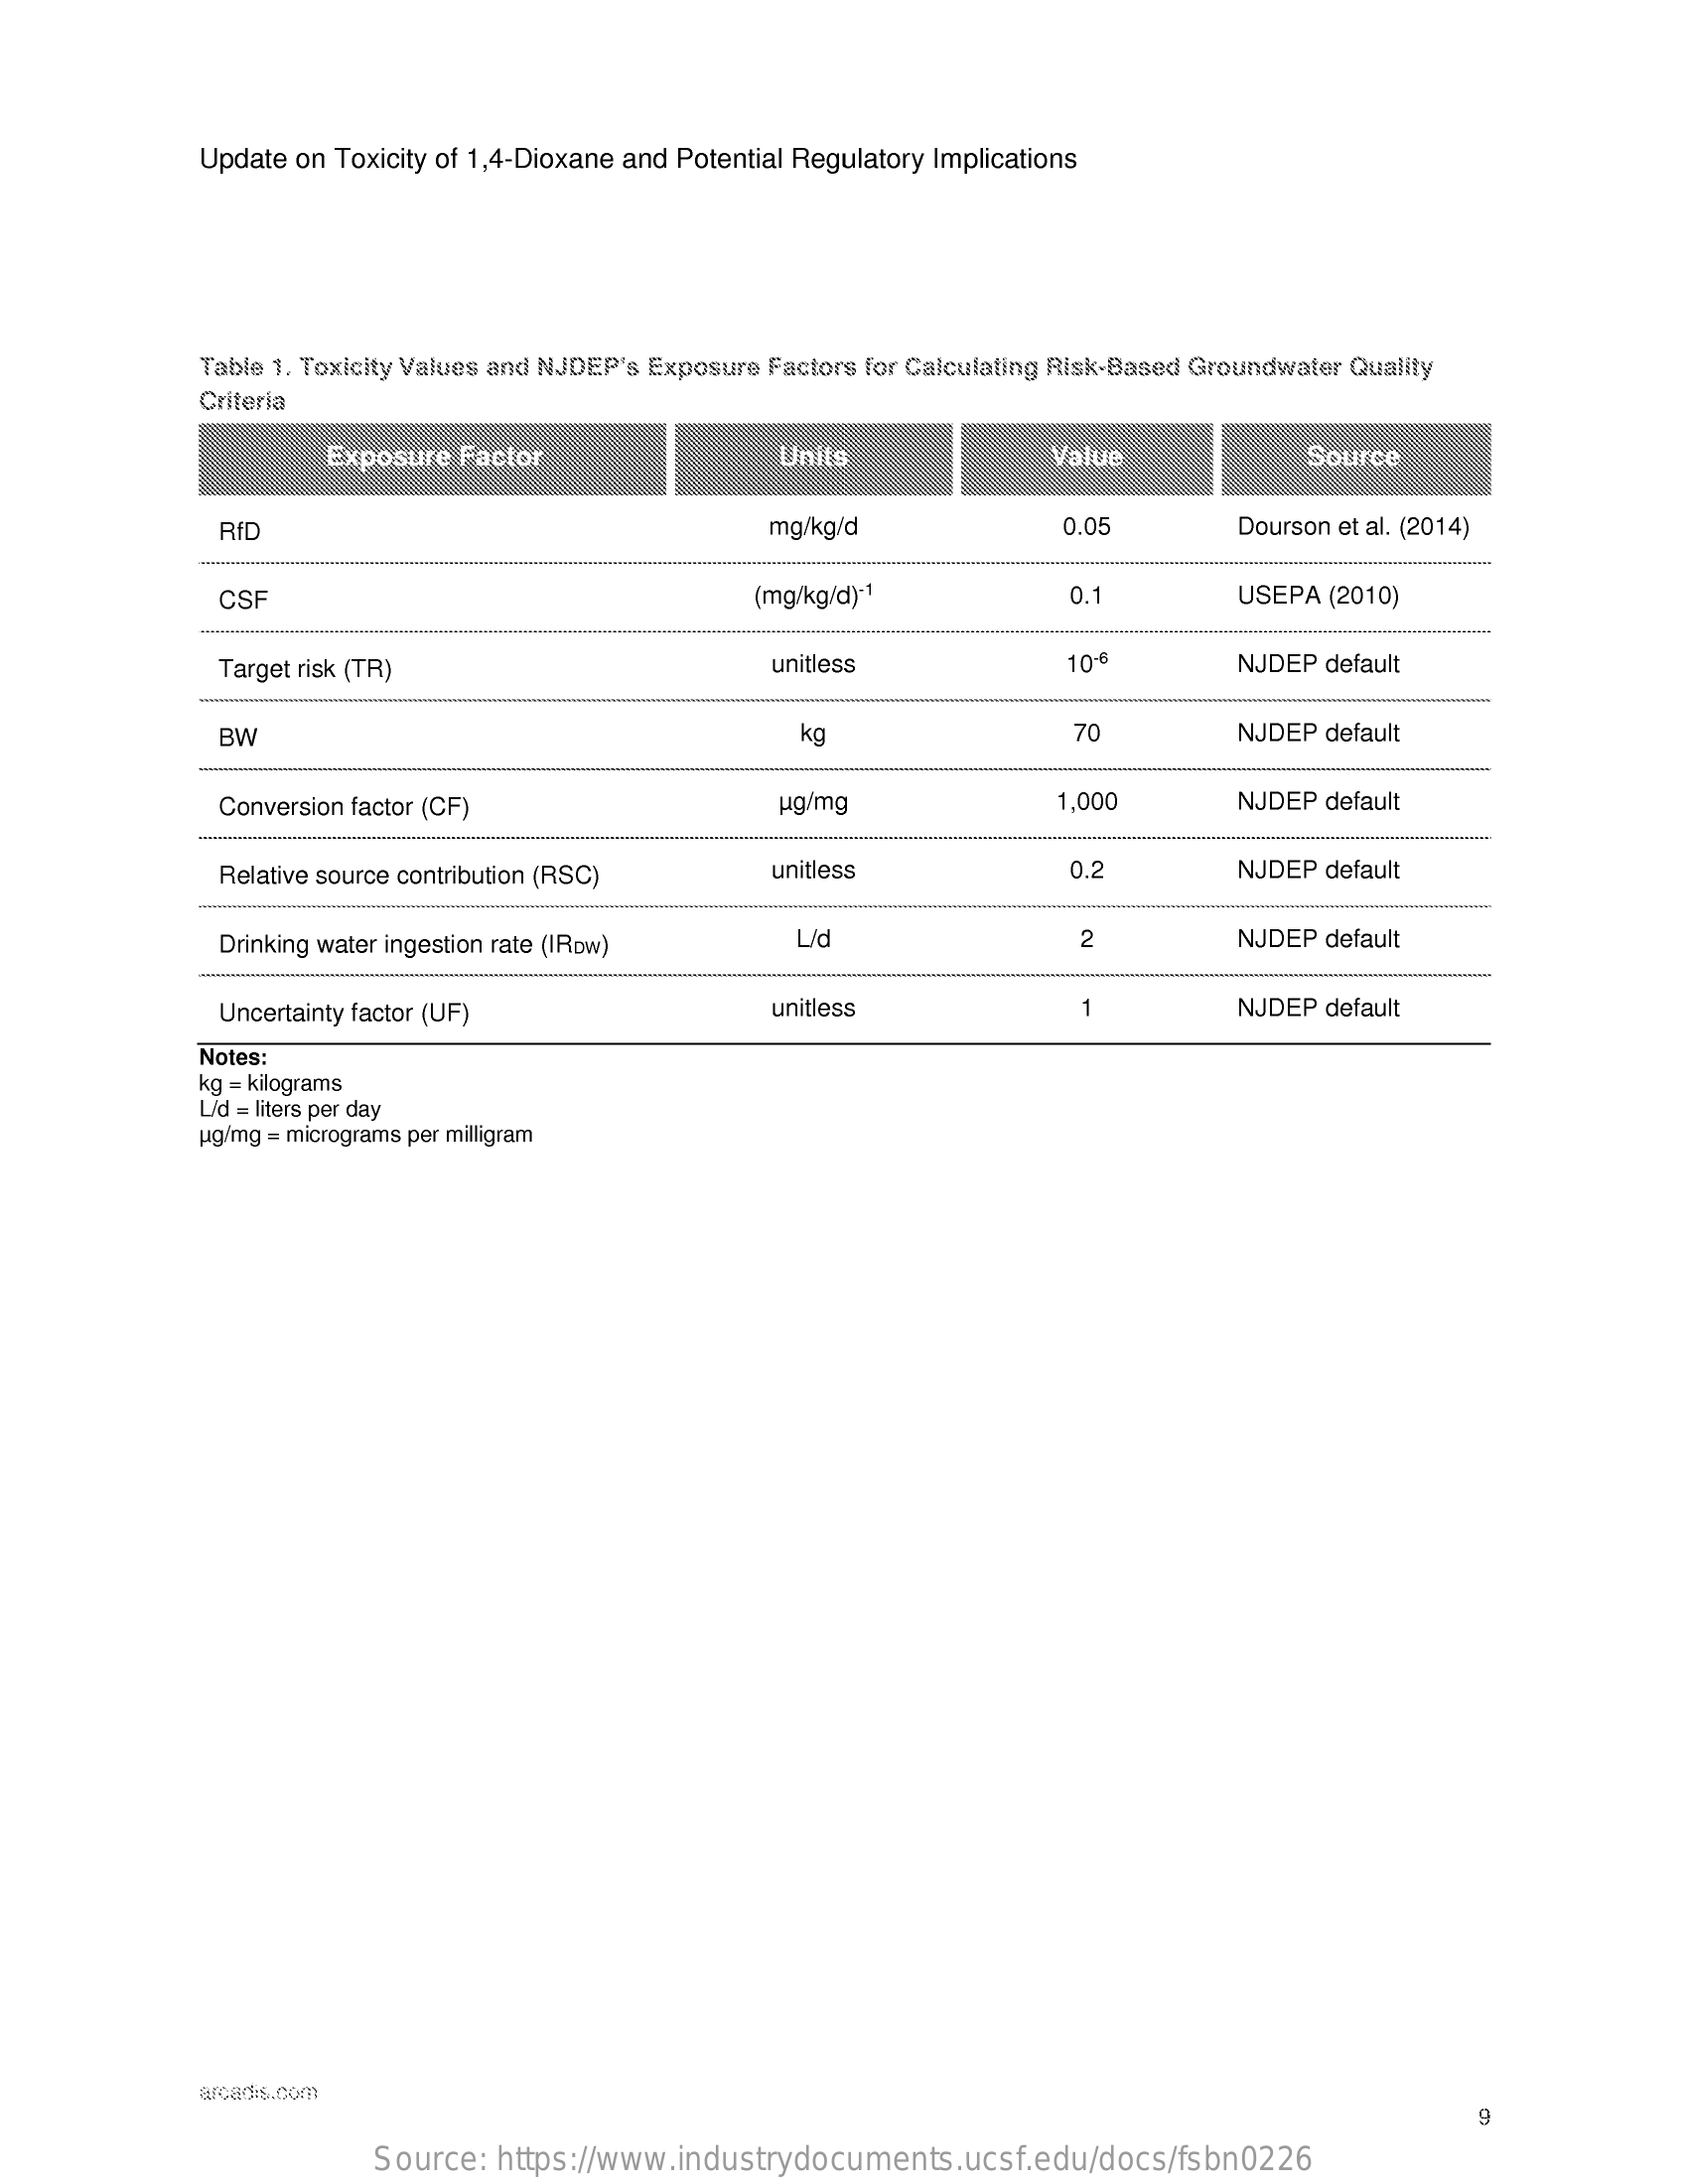
Update on Toxicity of 1,4-Dioxane and Potential Regulatory Implications
     Table 1. Toxicity Values and NJDEP's Exposure Factors for Calculating Risk-Based Groundwater Quality
     Criteria
     Exposure Factor    Units    Value    Source
     RID    mg/kg/d    0.05    Dourson et al. (2014)
     CSF    (mg/kg/d)-1    0.1    USEPA (2010)
     Target risk (TR)    unitless    10    NJDEP default
     BW    kg    70    NJDEP default
     Conversion factor (CF)    ug/mg    1,000    NJDEP default
     Relative source contribution (RSC)    unitless    0.2    NJDEP default
     Drinking water ingestion rate (IRow)    L/d    2    NJDEP default
     -
     Uncertainty factor (UF)    unitless    1    NJDEP default
     Notes:
     kg = kilograms
     L/d = liters per day
     ug/mg = micrograms per milligram
     arcadis.com
     Source:  https://www.industrydocuments.ucsf.edu/docs/fsbn0226